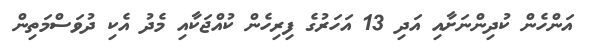
އަންހެން ކުދިންނަށާއި އަދި 13 އަހަރުގެ ފިރިހެން ކުއްޖަކާއި މެދު އެކި ދުވަސްމަތިން